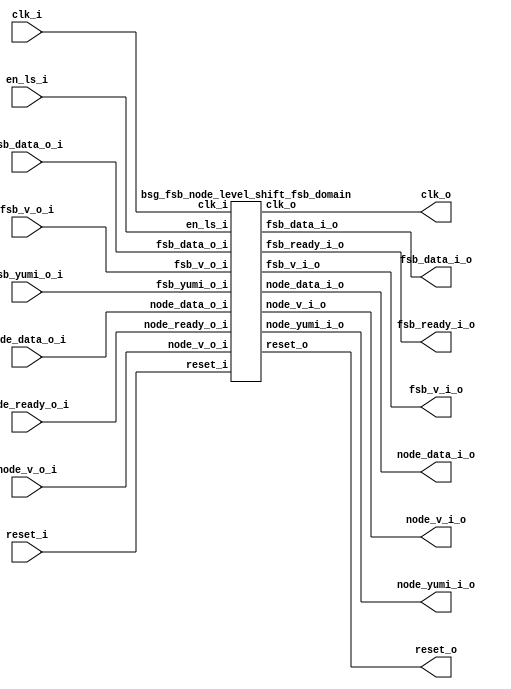


module top
(
  en_ls_i,
  clk_i,
  reset_i,
  clk_o,
  reset_o,
  fsb_v_i_o,
  fsb_data_i_o,
  fsb_yumi_o_i,
  fsb_v_o_i,
  fsb_data_o_i,
  fsb_ready_i_o,
  node_v_i_o,
  node_data_i_o,
  node_ready_o_i,
  node_v_o_i,
  node_data_o_i,
  node_yumi_i_o
);

  output [4:0] fsb_data_i_o;
  input [4:0] fsb_data_o_i;
  output [4:0] node_data_i_o;
  input [4:0] node_data_o_i;
  input en_ls_i;
  input clk_i;
  input reset_i;
  input fsb_yumi_o_i;
  input fsb_v_o_i;
  input node_ready_o_i;
  input node_v_o_i;
  output clk_o;
  output reset_o;
  output fsb_v_i_o;
  output fsb_ready_i_o;
  output node_v_i_o;
  output node_yumi_i_o;

  bsg_fsb_node_level_shift_fsb_domain
  wrapper
  (
    .fsb_data_i_o(fsb_data_i_o),
    .fsb_data_o_i(fsb_data_o_i),
    .node_data_i_o(node_data_i_o),
    .node_data_o_i(node_data_o_i),
    .en_ls_i(en_ls_i),
    .clk_i(clk_i),
    .reset_i(reset_i),
    .fsb_yumi_o_i(fsb_yumi_o_i),
    .fsb_v_o_i(fsb_v_o_i),
    .node_ready_o_i(node_ready_o_i),
    .node_v_o_i(node_v_o_i),
    .clk_o(clk_o),
    .reset_o(reset_o),
    .fsb_v_i_o(fsb_v_i_o),
    .fsb_ready_i_o(fsb_ready_i_o),
    .node_v_i_o(node_v_i_o),
    .node_yumi_i_o(node_yumi_i_o)
  );


endmodule



module bsg_level_shift_up_down_source_width_p1
(
  v0_en_i,
  v0_data_i,
  v1_data_o
);

  input [0:0] v0_data_i;
  output [0:0] v1_data_o;
  input v0_en_i;
  wire [0:0] v1_data_o;
  assign v1_data_o[0] = v0_data_i[0] & v0_en_i;

endmodule



module bsg_level_shift_up_down_sink_width_p1
(
  v0_data_i,
  v1_en_i,
  v1_data_o
);

  input [0:0] v0_data_i;
  output [0:0] v1_data_o;
  input v1_en_i;
  wire [0:0] v1_data_o;
  assign v1_data_o[0] = v0_data_i[0] & v1_en_i;

endmodule



module bsg_level_shift_up_down_sink_width_p5
(
  v0_data_i,
  v1_en_i,
  v1_data_o
);

  input [4:0] v0_data_i;
  output [4:0] v1_data_o;
  input v1_en_i;
  wire [4:0] v1_data_o;
  assign v1_data_o[4] = v0_data_i[4] & v1_en_i;
  assign v1_data_o[3] = v0_data_i[3] & v1_en_i;
  assign v1_data_o[2] = v0_data_i[2] & v1_en_i;
  assign v1_data_o[1] = v0_data_i[1] & v1_en_i;
  assign v1_data_o[0] = v0_data_i[0] & v1_en_i;

endmodule



module bsg_level_shift_up_down_source_width_p5
(
  v0_en_i,
  v0_data_i,
  v1_data_o
);

  input [4:0] v0_data_i;
  output [4:0] v1_data_o;
  input v0_en_i;
  wire [4:0] v1_data_o;
  assign v1_data_o[4] = v0_data_i[4] & v0_en_i;
  assign v1_data_o[3] = v0_data_i[3] & v0_en_i;
  assign v1_data_o[2] = v0_data_i[2] & v0_en_i;
  assign v1_data_o[1] = v0_data_i[1] & v0_en_i;
  assign v1_data_o[0] = v0_data_i[0] & v0_en_i;

endmodule



module bsg_fsb_node_level_shift_fsb_domain
(
  en_ls_i,
  clk_i,
  reset_i,
  clk_o,
  reset_o,
  fsb_v_i_o,
  fsb_data_i_o,
  fsb_yumi_o_i,
  fsb_v_o_i,
  fsb_data_o_i,
  fsb_ready_i_o,
  node_v_i_o,
  node_data_i_o,
  node_ready_o_i,
  node_v_o_i,
  node_data_o_i,
  node_yumi_i_o
);

  output [4:0] fsb_data_i_o;
  input [4:0] fsb_data_o_i;
  output [4:0] node_data_i_o;
  input [4:0] node_data_o_i;
  input en_ls_i;
  input clk_i;
  input reset_i;
  input fsb_yumi_o_i;
  input fsb_v_o_i;
  input node_ready_o_i;
  input node_v_o_i;
  output clk_o;
  output reset_o;
  output fsb_v_i_o;
  output fsb_ready_i_o;
  output node_v_i_o;
  output node_yumi_i_o;
  wire [4:0] fsb_data_i_o,node_data_i_o;
  wire clk_o,reset_o,fsb_v_i_o,fsb_ready_i_o,node_v_i_o,node_yumi_i_o;

  bsg_level_shift_up_down_source_width_p1
  clk_ls_inst
  (
    .v0_en_i(1'b1),
    .v0_data_i(clk_i),
    .v1_data_o(clk_o)
  );


  bsg_level_shift_up_down_source_width_p1
  reset_ls_inst
  (
    .v0_en_i(1'b1),
    .v0_data_i(reset_i),
    .v1_data_o(reset_o)
  );


  bsg_level_shift_up_down_sink_width_p1
  n2f_v_ls_inst
  (
    .v0_data_i(node_v_o_i),
    .v1_en_i(en_ls_i),
    .v1_data_o(fsb_v_i_o)
  );


  bsg_level_shift_up_down_sink_width_p5
  n2f_data_ls_inst
  (
    .v0_data_i(node_data_o_i),
    .v1_en_i(en_ls_i),
    .v1_data_o(fsb_data_i_o)
  );


  bsg_level_shift_up_down_source_width_p1
  f2n_yumi_ls_inst
  (
    .v0_en_i(en_ls_i),
    .v0_data_i(fsb_yumi_o_i),
    .v1_data_o(node_yumi_i_o)
  );


  bsg_level_shift_up_down_source_width_p1
  f2n_v_ls_inst
  (
    .v0_en_i(en_ls_i),
    .v0_data_i(fsb_v_o_i),
    .v1_data_o(node_v_i_o)
  );


  bsg_level_shift_up_down_source_width_p5
  f2n_data_ls_inst
  (
    .v0_en_i(en_ls_i),
    .v0_data_i(fsb_data_o_i),
    .v1_data_o(node_data_i_o)
  );


  bsg_level_shift_up_down_sink_width_p1
  n2f_ready_ls_inst
  (
    .v0_data_i(node_ready_o_i),
    .v1_en_i(en_ls_i),
    .v1_data_o(fsb_ready_i_o)
  );


endmodule